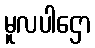
မူလပါဌော